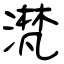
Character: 滼